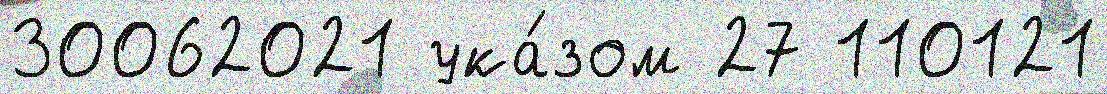
30062021 ука́зом 27 110121